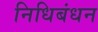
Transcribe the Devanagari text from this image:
निधिबंधन